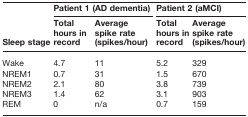
|  | <COLSPAN=2> Patient 1 (AD dementia) | <COLSPAN=2> Patient 2 (aMCI) |
 | Sleep stage | Total hours in record | Average spike rate (spikes/hour) | Total hours in record | Average spike rate (spikes/hour) |
 | --- | --- | --- | --- | --- |
 | Wake | 4.7 | 11 | 5.2 | 329 |
 | NREM1 | 0.7 | 31 | 1.5 | 670 |
 | NREM2 | 2.1 | 80 | 3.8 | 739 |
 | NREM3 | 1.4 | 62 | 3.1 | 903 |
 | REM | 0 | n/a | 0.7 | 159 |